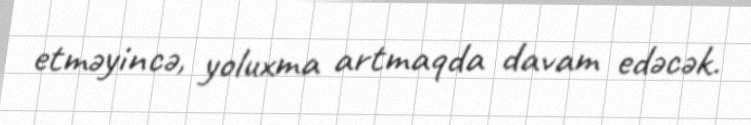
etməyincə, yoluxma artmaqda davam edəcək.